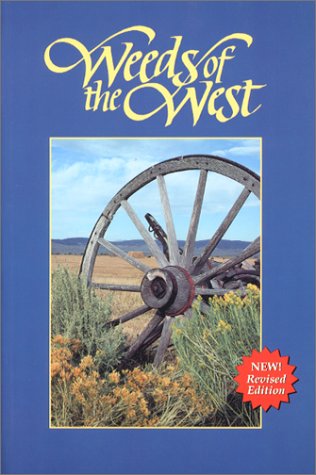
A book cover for Weeds of the West; Larry C. Burrill; Crafts, Hobbies & Home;